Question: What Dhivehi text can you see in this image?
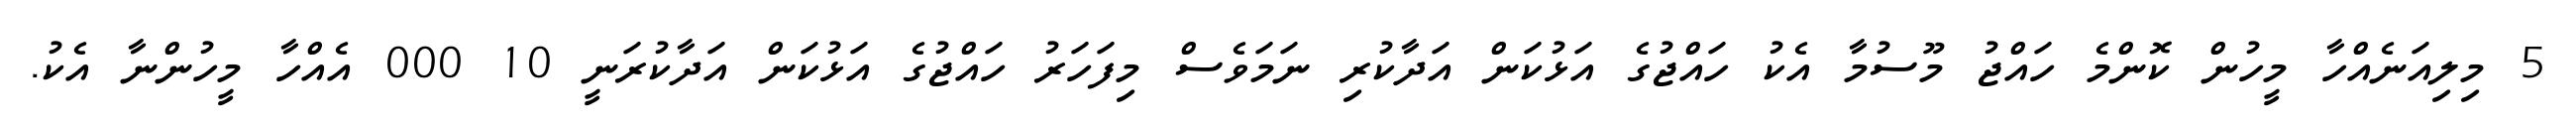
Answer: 5 މިލިއަނެއްހާ މީހުން ކޮންމެ ހައްޖު މޫސުމާ އެކު ހައްޖުގެ އަޅުކަން އަދާކުރި ނަމަވެސް މިފަހަރު ހައްޖުގެ އަޅުކަން އަދާކުރަނީ 10 000 އެއްހާ މީހުންނާ އެކު.